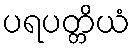
ပရပတ္တိယံ